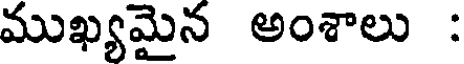
ముఖ్యమైన అంశాలు :